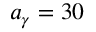
a _ { \gamma } = 3 0